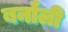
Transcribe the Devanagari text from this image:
बर्नॉली